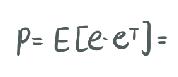
$P = E[e\cdot e^{T}]=$